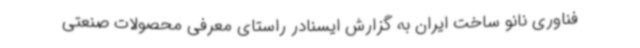
فناوری نانو ساخت ایران به گزارش ایسنادر راستای معرفی محصولات صنعتی